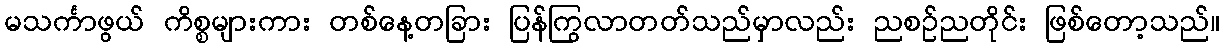
မသင်္ကာဖွယ် ကိစ္စများကား တစ်နေ့တခြား ပြန်ကြွလာတတ်သည်မှာလည်း ညစဉ်ညတိုင်း ဖြစ်တော့သည်။